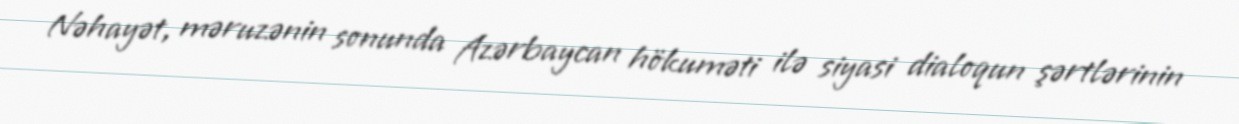
Nəhayət, məruzənin sonunda Azərbaycan hökuməti ilə siyasi dialoqun şərtlərinin